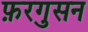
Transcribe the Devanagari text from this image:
फ़रगुसन